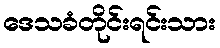
ဒေသခံတိုင်းရင်းသား